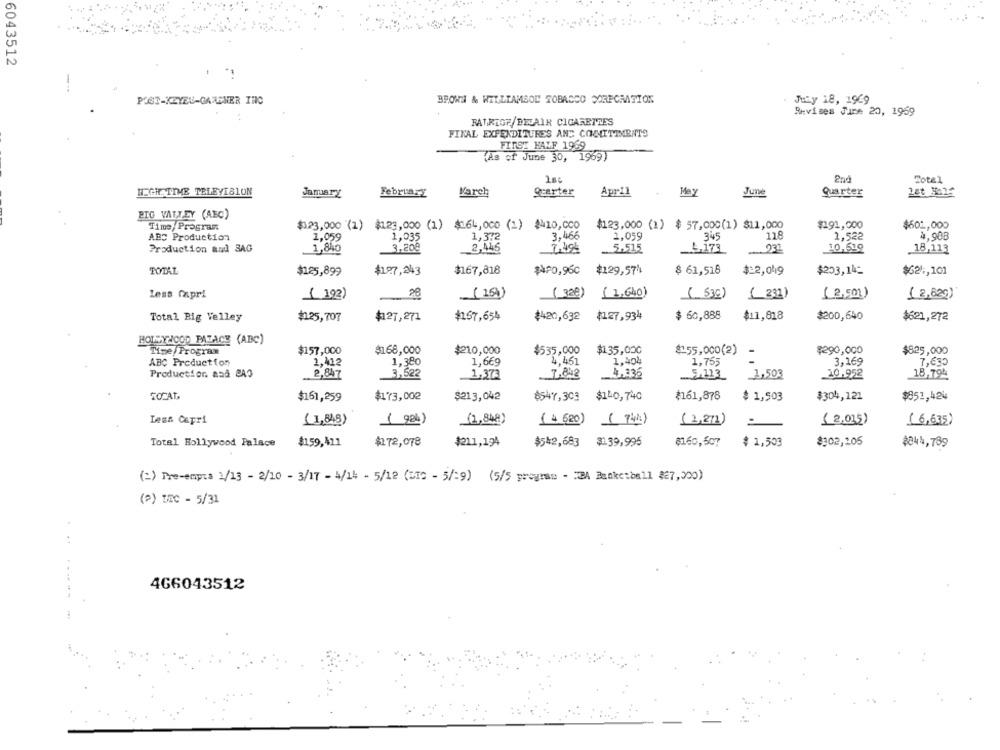
6043512
POST-KEYEU-GAMENER INC
BROWN & WILLIAMSOD TOBACCO SORECMASION
July 18, 1969
Revises Jure 20, 1969
RATRIOF/DECAIR CIGARETTES
FINAL EXPENDITURES AND COMITTINENTS
FIRST HALF 1969
(As of June 30, 1969)
2nd
Total
HIGH TIME TELEVISION
January
February
March
Quarter
April
Mey
June
Quarter
let Hal
EIG VATTEY (ABC)
Time/ Program
$123,000 (1) $123,000 (1) $164,000 (1) $410, 000
$123,000 (1) $ 57,000(1) $11,000
$191,000
$602,000
ABD Production
1.059
1,035
1,372
3,466
1,059
345
118
1,522
4,90B
Production and BAG
1,840
3,208
2,445
.. 5,515
23ª
7,494
L,173
10,599
.18,113
TOTAL
$197,243
$167,818
$AP0,96C
$129,57%
$ 61,518
$=2,049
$203,14:
$621 ;, 101
$125,899
Less Capri
( 192)
(154)
( 328)
(1,640)
( 530)
( 232)
( 3,501)
( 2,82g)
$ 60,888
$11,818
Total Big Velley
#125,707
$127,271
#167,654
#420,632 (127,934
$420,632
$200,640
$621,272
HOLLYWOOD PALACE (ABC)
Tire/Program
$157,000
$168,000
$210,000
$535,000
$135,000
$155,000(2)
$290,000
$825,000
1,380
1,669
4.451
1,404
-
ABC Production
1.412
1,755
3,169
7,630
Production. aad PAO
2,847
3,522
1,373
7.842
4.336
1,503
10.952
18,79%
TOCAT,
$161,259
$173,002
$213,042
$547,303 $140,740
₹161,878
$ 1,503
$304,121
$851,424
Less Capri
(1,848)
( 9al)
(1,848)
(4 620) (74)
(2,271)
(6,635)
( 2.035)
$159,411
$172, 078
$211,194
$542,683 #139,995
$ 1,503
$302,205
Total Hollywood Palace
8160,507
$344,789
(=) Pre-empra 1/13 - 2/10 - 3/17 - 4/14 - 5/12 (SIG - 5/19) (5/5 program - BA Basketball $7,300)
(?) LEC - 5/31
466043512